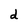
Character: d